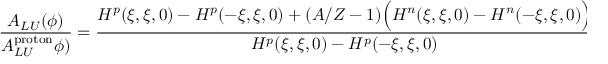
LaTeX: \frac { A _ { L U } ( \phi ) } { A _ { L U } ^ { \mathrm { p r o t o n } } \phi ) } = \frac { H ^ { p } ( \xi , \xi , 0 ) - H ^ { p } ( - \xi , \xi , 0 ) + ( A / Z - 1 ) \Big ( H ^ { n } ( \xi , \xi , 0 ) - H ^ { n } ( - \xi , \xi , 0 ) \Big ) } { H ^ { p } ( \xi , \xi , 0 ) - H ^ { p } ( - \xi , \xi , 0 ) } \, .